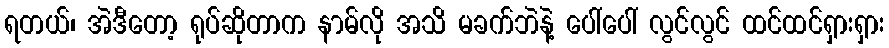
ရတယ်၊ အဲဒီတော့ ရုပ်ဆိုတာက နာမ်လို အသိ မခက်ဘဲနဲ့ ပေါ်ပေါ် လွင်လွင် ထင်ထင်ရှားရှား